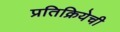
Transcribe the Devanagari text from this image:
प्रतिक्रियेची